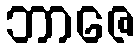
ဘာဇေ